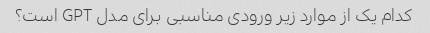
کدام یک از موارد زیر ورودی مناسبی برای مدل GPT است؟